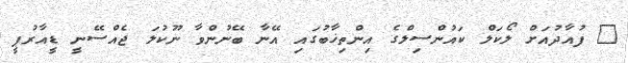
@ ފުއާދުއަށް ލޯކަލް ކައުންސިލްގެ އިންތިޚާބުގައި އޭނާ ބޭނުންވާ ނޫކުލަ ޖެއްސޭނީ ޑީއާރުޕީ